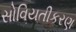
સોવિયતીકરણ